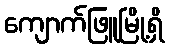
ကျောက်ဖြူမြို့ရှိ